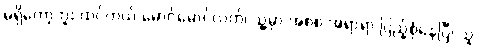
မရှိတော့ဘူး ထင်တယ် မောင်မောင်လတ်၊ သူ့မှာ အစစ အရာရာ ပြည့်စုံနေပြီ၊ သူ